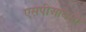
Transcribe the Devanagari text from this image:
एसपीआयसी